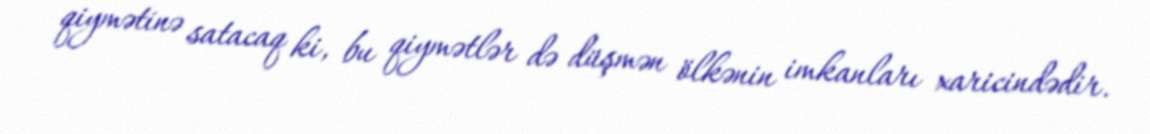
qiymətinə satacaq ki, bu qiymətlər də düşmən ölkənin imkanları xaricindədir.